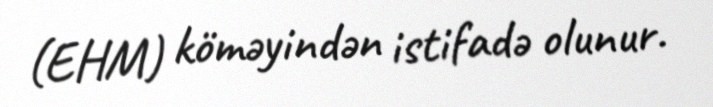
(EHM) köməyindən istifadə olunur.